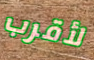
لأقرب